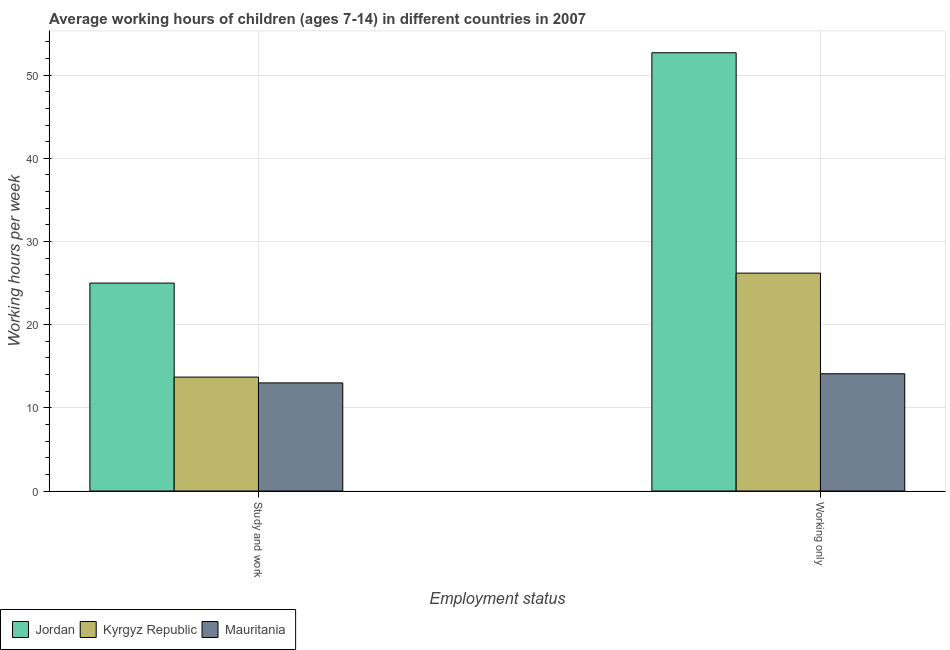
| Employment status | Jordan | Kyrgyz Republic | Mauritania |
 | --- | --- | --- | --- |
 | Study and work | 25 | 13.7 | 13 |
 | Working only | 52.7 | 26.2 | 14.1 |